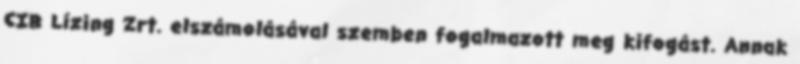
CIB Lízing Zrt. elszámolásával szemben fogalmazott meg kifogást. Annak